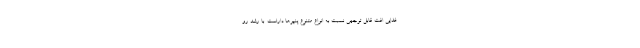
غذایی افت قابل توجهی نسبت به انواع متنوع پنیرها داراست. با رشد رو